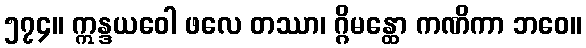
၅၇၄။ ဣန္ဒယဝေါ ဖလေ တဿာ၊ ဂ္ဂိမန္ထော ကဏိကာ ဘဝေ။